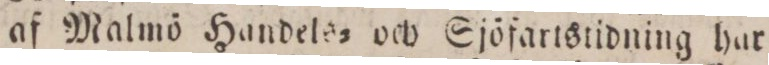
af Malmö Handels= och Sjöfartstidning har